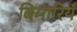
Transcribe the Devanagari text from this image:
बिमारियँ